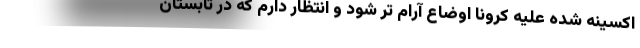
اکسینه شده علیه کرونا اوضاع آرام تر شود و انتظار دارم که در تابستان